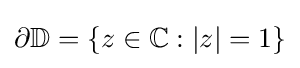
\partial \mathbb {D} =\{z\in \mathbb {C} :|z|=1\}